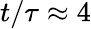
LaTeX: t/\tau\approx 4